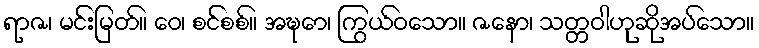
ရာဇ၊ မင်းမြတ်။ ဝေ၊ စင်စစ်။ အဍ္ဎော၊ ကြွယ်ဝသော။ ဇနော၊ သတ္တဝါဟုဆိုအပ်သော။